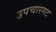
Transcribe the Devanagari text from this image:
उपचारगट